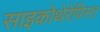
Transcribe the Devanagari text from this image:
साइकोथेरेपिस्त